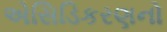
એસિડિકરણનો